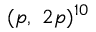
( p , ~ 2 p ) ^ { 1 0 }